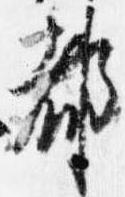
都